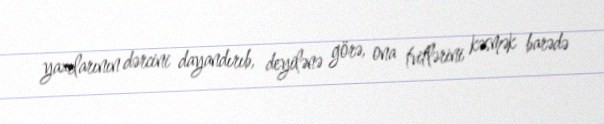
yazılarının dərcini dayandırıb, deyilənə görə, ona tvitlərini kəsmək barədə